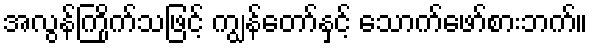
အလွန်ကြိုက်သဖြင့် ကျွန်တော်နှင့် သောက်ဖော်စားဘက်။